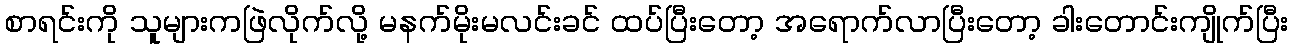
စာရင်းကို သူများကဖြဲလိုက်လို့ မနက်မိုးမလင်းခင် ထပ်ပြီးတော့ အရောက်လာပြီးတော့ ခါးတောင်းကျိုက်ပြီး